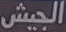
الجيش